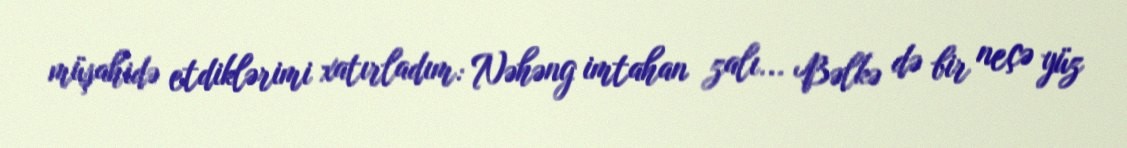
müşahidə etdiklərimi xatırladım: Nəhəng imtahan zalı... Bəlkə də bir neçə yüz